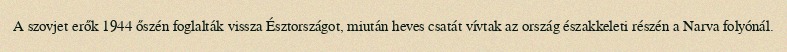
A szovjet erők 1944 őszén foglalták vissza Észtországot, miután heves csatát vívtak az ország északkeleti részén a Narva folyónál.